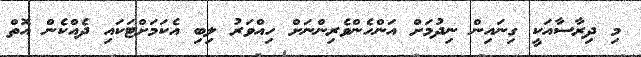
މި ދިރާސާއަކީ ގިނައިން ނިދުމަށް އަންހެންވެރިންނަށް ހިއްވަރު ލިބި އެކަމަށްޓަކައި ދެއްކެން އޮތް